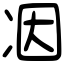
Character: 𠗃